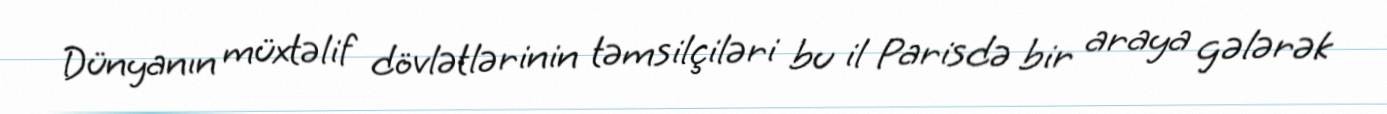
Dünyanın müxtəlif dövlətlərinin təmsilçiləri bu il Parisdə bir araya gələrək